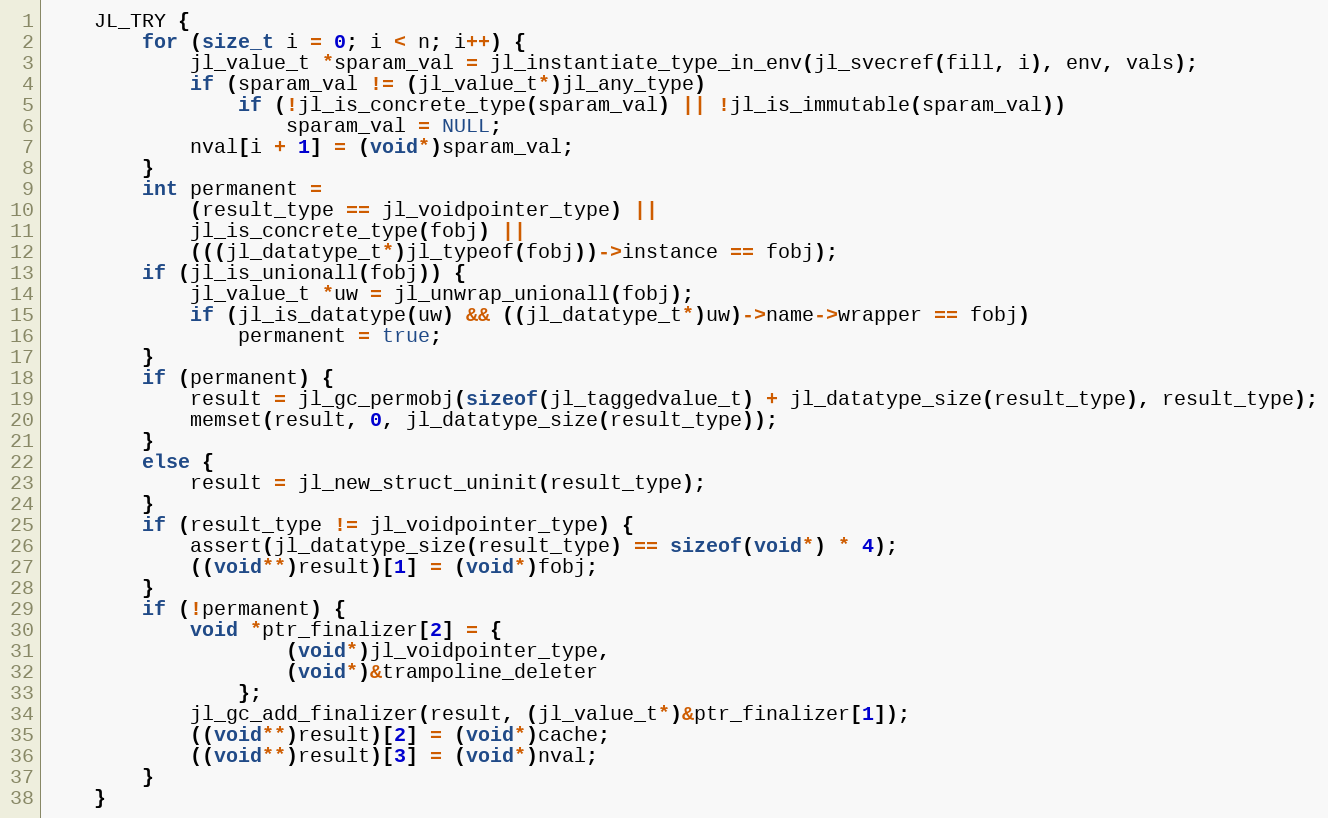
Language: C++
    JL_TRY {
        for (size_t i = 0; i < n; i++) {
            jl_value_t *sparam_val = jl_instantiate_type_in_env(jl_svecref(fill, i), env, vals);
            if (sparam_val != (jl_value_t*)jl_any_type)
                if (!jl_is_concrete_type(sparam_val) || !jl_is_immutable(sparam_val))
                    sparam_val = NULL;
            nval[i + 1] = (void*)sparam_val;
        }
        int permanent =
            (result_type == jl_voidpointer_type) ||
            jl_is_concrete_type(fobj) ||
            (((jl_datatype_t*)jl_typeof(fobj))->instance == fobj);
        if (jl_is_unionall(fobj)) {
            jl_value_t *uw = jl_unwrap_unionall(fobj);
            if (jl_is_datatype(uw) && ((jl_datatype_t*)uw)->name->wrapper == fobj)
                permanent = true;
        }
        if (permanent) {
            result = jl_gc_permobj(sizeof(jl_taggedvalue_t) + jl_datatype_size(result_type), result_type);
            memset(result, 0, jl_datatype_size(result_type));
        }
        else {
            result = jl_new_struct_uninit(result_type);
        }
        if (result_type != jl_voidpointer_type) {
            assert(jl_datatype_size(result_type) == sizeof(void*) * 4);
            ((void**)result)[1] = (void*)fobj;
        }
        if (!permanent) {
            void *ptr_finalizer[2] = {
                    (void*)jl_voidpointer_type,
                    (void*)&trampoline_deleter
                };
            jl_gc_add_finalizer(result, (jl_value_t*)&ptr_finalizer[1]);
            ((void**)result)[2] = (void*)cache;
            ((void**)result)[3] = (void*)nval;
        }
    }